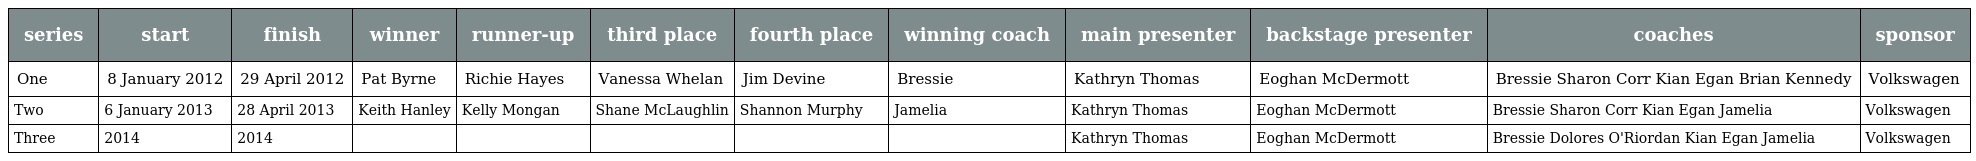
| series | start | finish | winner | runner-up | third place | fourth place | winning coach | main presenter | backstage presenter | coaches | sponsor |
 | --- | --- | --- | --- | --- | --- | --- | --- | --- | --- | --- | --- |
 | One | 8 January 2012 | 29 April 2012 | Pat Byrne | Richie Hayes | Vanessa Whelan | Jim Devine | Bressie | Kathryn Thomas | Eoghan McDermott | Bressie Sharon Corr Kian Egan Brian Kennedy | Volkswagen |
 | Two | 6 January 2013 | 28 April 2013 | Keith Hanley | Kelly Mongan | Shane McLaughlin | Shannon Murphy | Jamelia | Kathryn Thomas | Eoghan McDermott | Bressie Sharon Corr Kian Egan Jamelia | Volkswagen |
 | Three | 2014 | 2014 |  |  |  |  |  | Kathryn Thomas | Eoghan McDermott | Bressie Dolores O'Riordan Kian Egan Jamelia | Volkswagen |